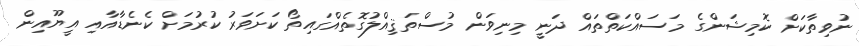
ނުވިތާކަށް ކޮމިޝަންގެ މަސައްކަތްތައް ދަނީ މިނިވަން މުސްތަޤިއްލުގޮތެއްގައިތޯ ކަށަވަރު ކުރުމަށް ކެނެޑާއާއި އީޔޫއިން